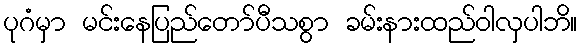
ပုဂံမှာ မင်းနေပြည်တော်ပီသစွာ ခမ်းနားထည်ဝါလှပါဘိ။